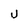
Character: U